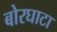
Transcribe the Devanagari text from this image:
बोरघाटा